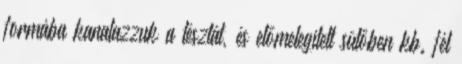
formába kanalazzuk a tésztát, és előmelegített sütőben kb. fél